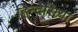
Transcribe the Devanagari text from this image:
हिन्देसिया